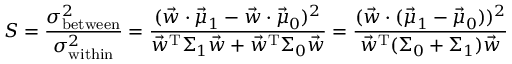
S = { \frac { \sigma _ { \mathrm { b e t w e e n } } ^ { 2 } } { \sigma _ { \mathrm { w i t h i n } } ^ { 2 } } } = { \frac { ( { \vec { w } } \cdot { \vec { \mu } } _ { 1 } - { \vec { w } } \cdot { \vec { \mu } } _ { 0 } ) ^ { 2 } } { { \vec { w } } ^ { \mathrm { T } } \Sigma _ { 1 } { \vec { w } } + { \vec { w } } ^ { \mathrm { T } } \Sigma _ { 0 } { \vec { w } } } } = { \frac { ( { \vec { w } } \cdot ( { \vec { \mu } } _ { 1 } - { \vec { \mu } } _ { 0 } ) ) ^ { 2 } } { { \vec { w } } ^ { \mathrm { T } } ( \Sigma _ { 0 } + \Sigma _ { 1 } ) { \vec { w } } } }